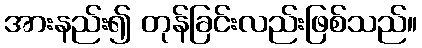
အားနည်း၍ တုန်ခြင်းလည်းဖြစ်သည်။